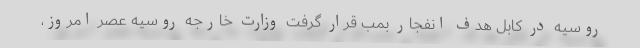
روسیه در کابل هدف انفجار بمب قرار گرفت وزارت خارجه روسیه عصر امروز،